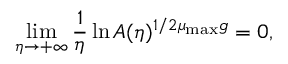
\operatorname* { l i m } _ { \eta \to + \infty } \frac { 1 } { \eta } \ln A ( \eta ) ^ { 1 / 2 \mu _ { \mathrm { m a x } } g } = 0 ,